Report on the working of the Ranchi Indian Mental Hospital, Kanke, in Bihar and Orissa - 1930-1940
Year: 1930
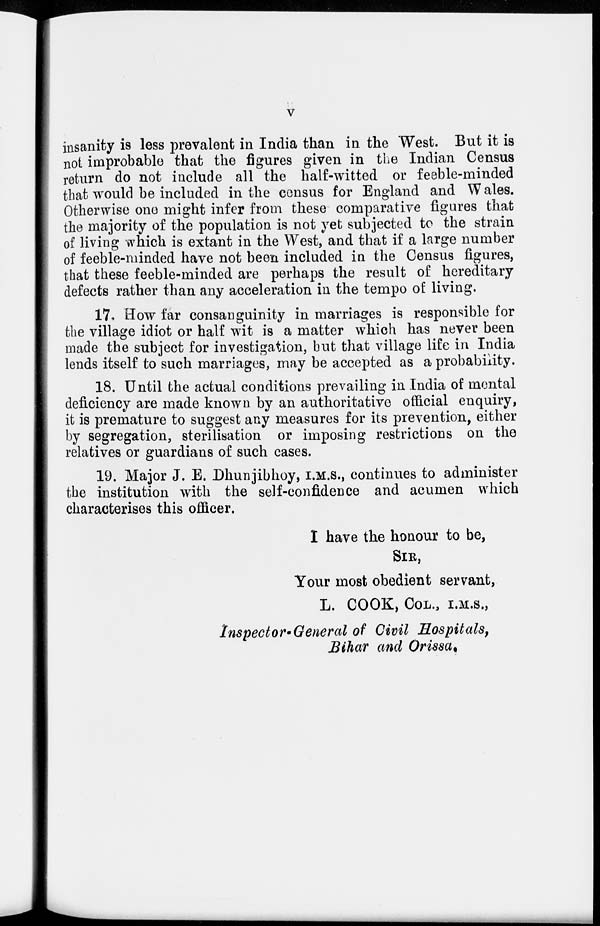
v
insanity is less prevalent in India than in the West. But it is
not improbable that the figures given in the Indian Census
return do not include all the half-witted or feeble-minded
that would be included in the census for England and Wales.
Otherwise one might infer from these comparative figures that
the majority of the population is not yet subjected to the strain
of living which is extant in the West, and that if a large number
of feeble-minded have not been included in the Census figures,
that these feeble-minded are perhaps the result of hereditary
defects rather than any acceleration in the tempo of living.
17. How far consanguinity in marriages is responsible for
the village idiot or half wit is a matter which has never been
made the subject for investigation, but that village life in India
lends itself to such marriages, may be accepted as a probability.
18. Until the actual conditions prevailing in India of mental
deficiency are made known by an authoritative official enquiry,
it is premature to suggest any measures for its prevention, either
by segregation, sterilisation or imposing restrictions on the
relatives or guardians of such cases.
19. Major J. E. Dhunjibhoy, I.M.S., continues to administer
the institution with the self-confidence and acumen which
characterises this officer.
I have the honour to be,
SIR,
Your most obedient servant,
L. COOK, COL., I.M.S.,
Inspector-General of Civil Hospitals,
Bihar and Orissa.